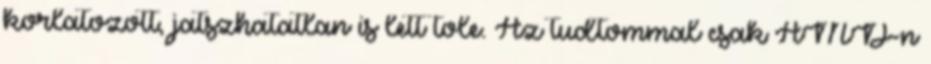
korlatozott, jatszhatatlan is lett tole. Az tudtommal csak AMD-n